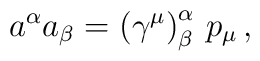
a^{\alpha }a_{\beta }=\left( \gamma ^{\mu }\right) _{\beta }^{\alpha}\,p_{\mu }\,,